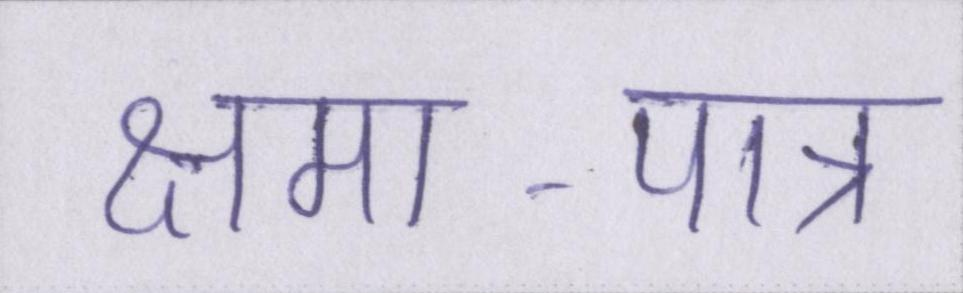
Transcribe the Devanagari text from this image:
क्षमा-पात्र